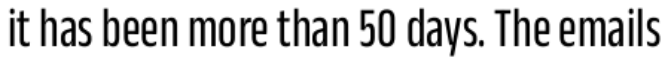
it has been more than 50 days. The emails